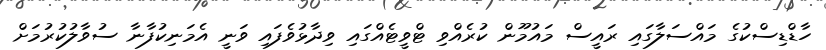
ހާޑްޑިސްކުގެ މައްސަލާގައި ރައީސް މައުމޫން ކުރެއްވި ޓްވީޓެއްގައި ވިދާޅުވެފައި ވަނީ އެމަނިކުފާނާ ސުވާލުކުރުމަށް